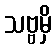
သဗ္ဗမှိ